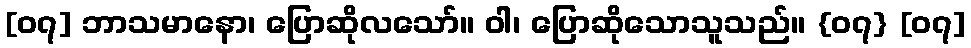
[၀၇] ဘာသမာနော၊ ပြောဆိုလသော်။ ဝါ၊ ပြောဆိုသောသူသည်။ {၀၇} [၀၇]